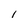
Character: I